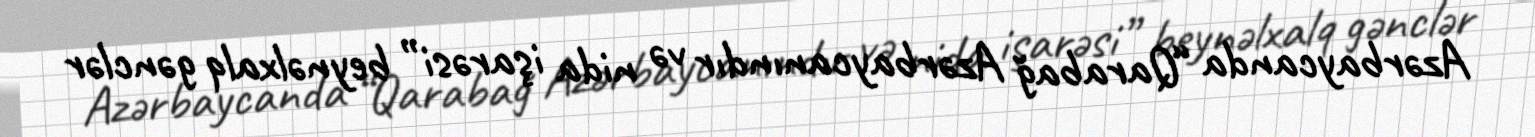
Azərbaycanda “Qarabağ Azərbaycanındır və nida işarəsi” beynəlxalq gənclər